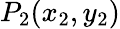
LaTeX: P_{2}(x_{2},y_{2})